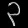
Digit: ၃